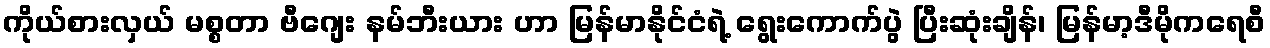
ကိုယ်စားလှယ် မစ္စတာ ဗီဂျေး နမ်ဘီးယား ဟာ မြန်မာနိုင်ငံရဲ့ ရွေးကောက်ပွဲ ပြီးဆုံးချိန်၊ မြန်မာ့ဒီမိုကရေစီ